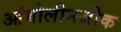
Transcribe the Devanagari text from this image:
आंबोलीनजीक